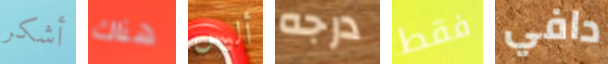
أشكر هناك أليس درجه فقط دافي